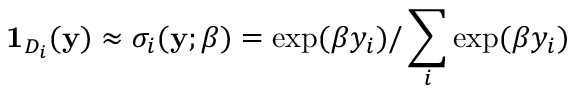
\mathbf { 1 } _ { D _ { i } } ( \mathbf { y } ) \approx \sigma _ { i } ( \mathbf { y } ; \beta ) = \exp ( \beta y _ { i } ) / \sum _ { i } \exp ( \beta y _ { i } )